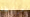
مربوطة